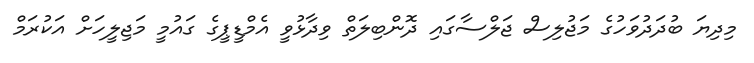
މިދިޔަ ބުދަދުވަހުގެ މަޖުލިސް ޖަލްސާގައި ދޮންބިލަތް ވިދާޅުވީ އެމްޑީޕީގެ ގައުމީ މަޖިލީހަށް އަކުރަމް